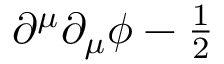
\partial ^ { \mu } \partial _ { \mu } \phi - { \textstyle \frac 1 2 }